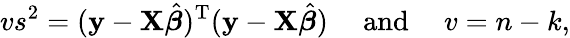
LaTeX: vs^{2}=(\mathbf{y}-\mathbf{X}{\hat{\boldsymbol{\beta}}})^{\mathrm{{T}}}(\mathbf{y}-\mathbf{X}{\hat{\boldsymbol{\beta}}})\quad{\mathrm{~and~}}\quad v=n-k,